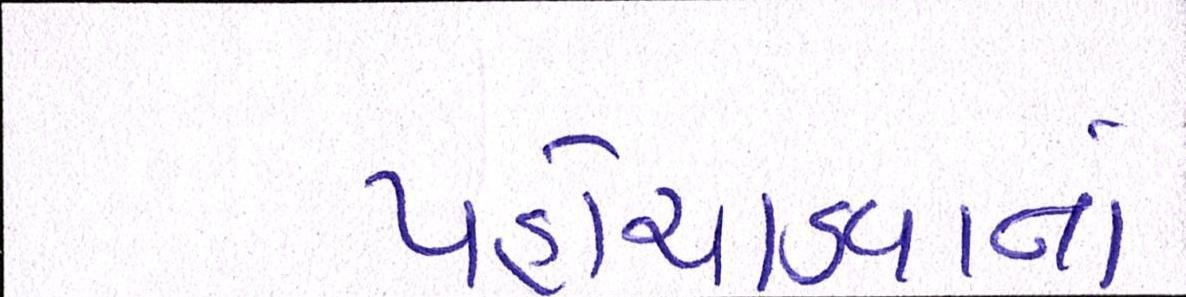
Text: પહોંચાડવાના